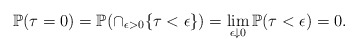
\begin{align*}\mathbb{P}(\tau = 0) = \mathbb{P}(\cap_{\epsilon > 0} \{ \tau < \epsilon \}) = \lim_{\epsilon \downarrow 0}\mathbb{P}(\tau < \epsilon) = 0.\end{align*}